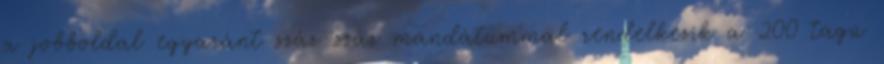
a jobboldal egyaránt száz-száz mandátummal rendelkezik a 200 tagú